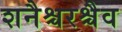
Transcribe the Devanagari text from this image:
शनैश्चरश्चैव